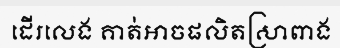
ដើរលេង គាត់អាចផលិតស្រាពាង